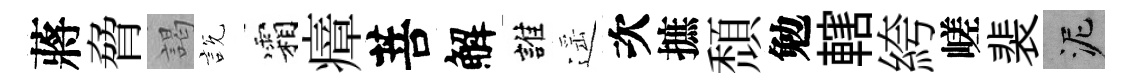
蔣脅謁説霜瘴菩解誰遥次摭頹勉轄絝嵯裴泥